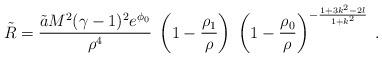
LaTeX: \begin{align*}\tilde{R} = \frac{\tilde{a} M^2 (\gamma - 1)^2 e^{\phi_0}}{\rho^4} \;\left(1 - \frac{\rho_1}{\rho}\right) \;\left(1 - \frac{\rho_0}{\rho}\right)^{- \frac{1 + 3 k^2 - 2 l}{1 + k^2}}\; .\end{align*}